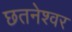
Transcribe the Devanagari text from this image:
छतनेश्वर